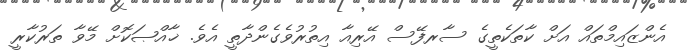
އެންޒައިމްތައް އަށް ކާތަކެތީގެ ސާރފޭސް އޭރިއާ އިތުރުވެގެންދާތީ އެވެ. ޚާއްޞަކޮށް މޭވާ ތަރުކާރީ